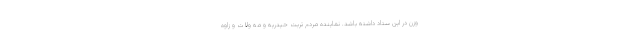
وزن در این ستاد داشته باشد. نماینده مردم تربت حیدریه و مه ولات و زاوه